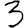
Digit: 3